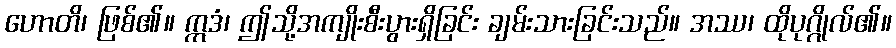
ဟောတိ၊ ဖြစ်၏။ ဣဒံ၊ ဤသို့အကျိုးစီးပွားရှိခြင်း ချမ်းသားခြင်းသည်။ အဿ၊ ထိုပုဂ္ဂိုလ်၏။